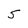
Character: 5